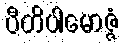
ပီတိပါမောဇ္ဇံ